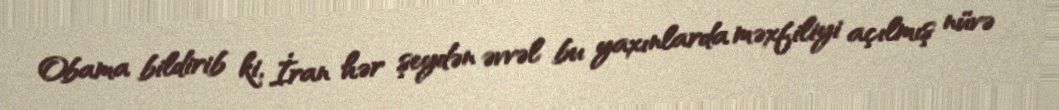
Obama bildirib ki, İran hər şeydən əvvəl bu yaxınlarda məxfiliyi açılmış nüvə